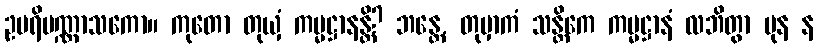
ဥပရိပဏ္ဏာသကော။ ကုတော တုယှံ ကမ္မဋ္ဌာနန္တိ? ဘန္တေ, တုမှာကံ သန္တိကေ ကမ္မဋ္ဌာနံ လဘိတွာ ပုန န